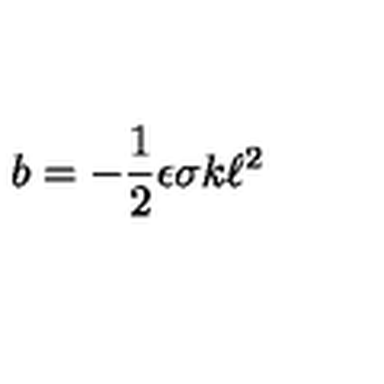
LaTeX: b = - \frac { 1 } { 2 } \epsilon \sigma k \ell ^ { 2 }